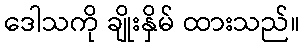
ဒေါသကို ချိုးနှိမ် ထားသည်။